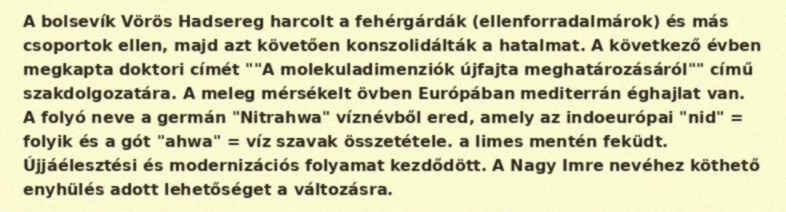
A bolsevík Vörös Hadsereg harcolt a fehérgárdák (ellenforradalmárok) és más csoportok ellen, majd azt követően konszolidálták a hatalmat. A következő évben megkapta doktori címét ""A molekuladimenziók újfajta meghatározásáról"" című szakdolgozatára. A meleg mérsékelt övben Európában mediterrán éghajlat van. A folyó neve a germán "Nitrahwa" víznévből ered, amely az indoeurópai "nid" = folyik és a gót "ahwa" = víz szavak összetétele. a limes mentén feküdt. Újjáélesztési és modernizációs folyamat kezdődött. A Nagy Imre nevéhez köthető enyhülés adott lehetőséget a változásra.